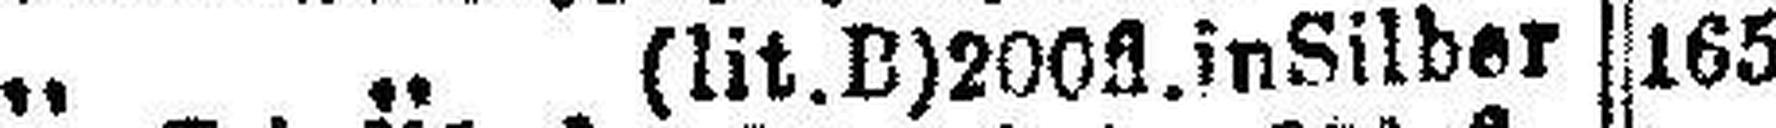
„ „ (lit.B)200fl. inSilber